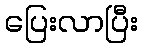
ပြေးလာပြီး